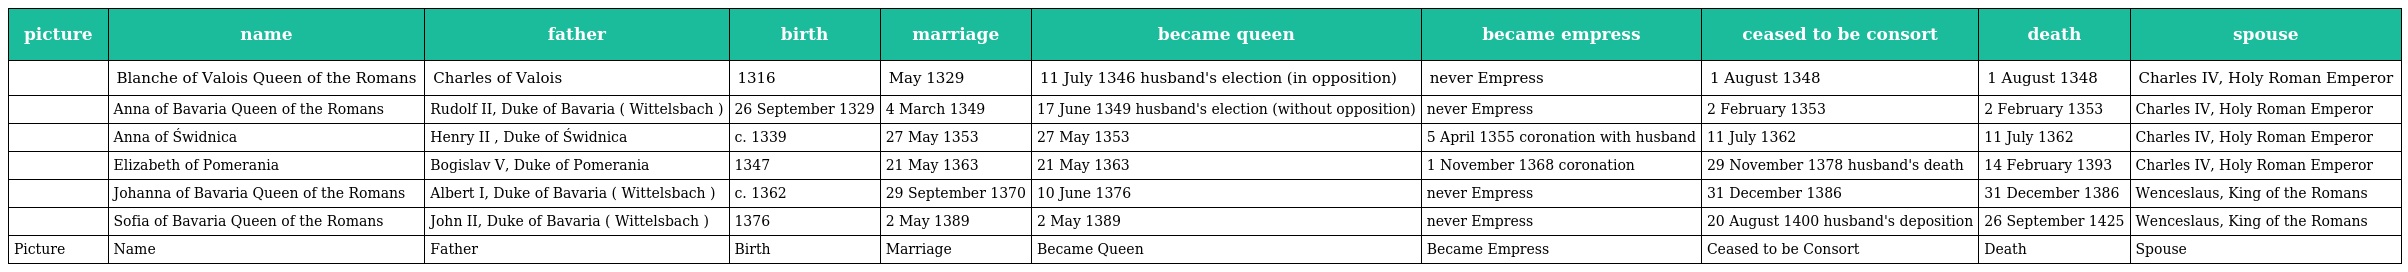
| picture | name | father | birth | marriage | became queen | became empress | ceased to be consort | death | spouse |
 | --- | --- | --- | --- | --- | --- | --- | --- | --- | --- |
 |  | Blanche of Valois Queen of the Romans | Charles of Valois | 1316 | May 1329 | 11 July 1346 husband's election (in opposition) | never Empress | 1 August 1348 | 1 August 1348 | Charles IV, Holy Roman Emperor |
 |  | Anna of Bavaria Queen of the Romans | Rudolf II, Duke of Bavaria ( Wittelsbach ) | 26 September 1329 | 4 March 1349 | 17 June 1349 husband's election (without opposition) | never Empress | 2 February 1353 | 2 February 1353 | Charles IV, Holy Roman Emperor |
 |  | Anna of Świdnica | Henry II , Duke of Świdnica | c. 1339 | 27 May 1353 | 27 May 1353 | 5 April 1355 coronation with husband | 11 July 1362 | 11 July 1362 | Charles IV, Holy Roman Emperor |
 |  | Elizabeth of Pomerania | Bogislav V, Duke of Pomerania | 1347 | 21 May 1363 | 21 May 1363 | 1 November 1368 coronation | 29 November 1378 husband's death | 14 February 1393 | Charles IV, Holy Roman Emperor |
 |  | Johanna of Bavaria Queen of the Romans | Albert I, Duke of Bavaria ( Wittelsbach ) | c. 1362 | 29 September 1370 | 10 June 1376 | never Empress | 31 December 1386 | 31 December 1386 | Wenceslaus, King of the Romans |
 |  | Sofia of Bavaria Queen of the Romans | John II, Duke of Bavaria ( Wittelsbach ) | 1376 | 2 May 1389 | 2 May 1389 | never Empress | 20 August 1400 husband's deposition | 26 September 1425 | Wenceslaus, King of the Romans |
 | Picture | Name | Father | Birth | Marriage | Became Queen | Became Empress | Ceased to be Consort | Death | Spouse |